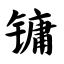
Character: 镛